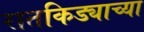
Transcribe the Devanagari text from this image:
रातकिड्याच्या